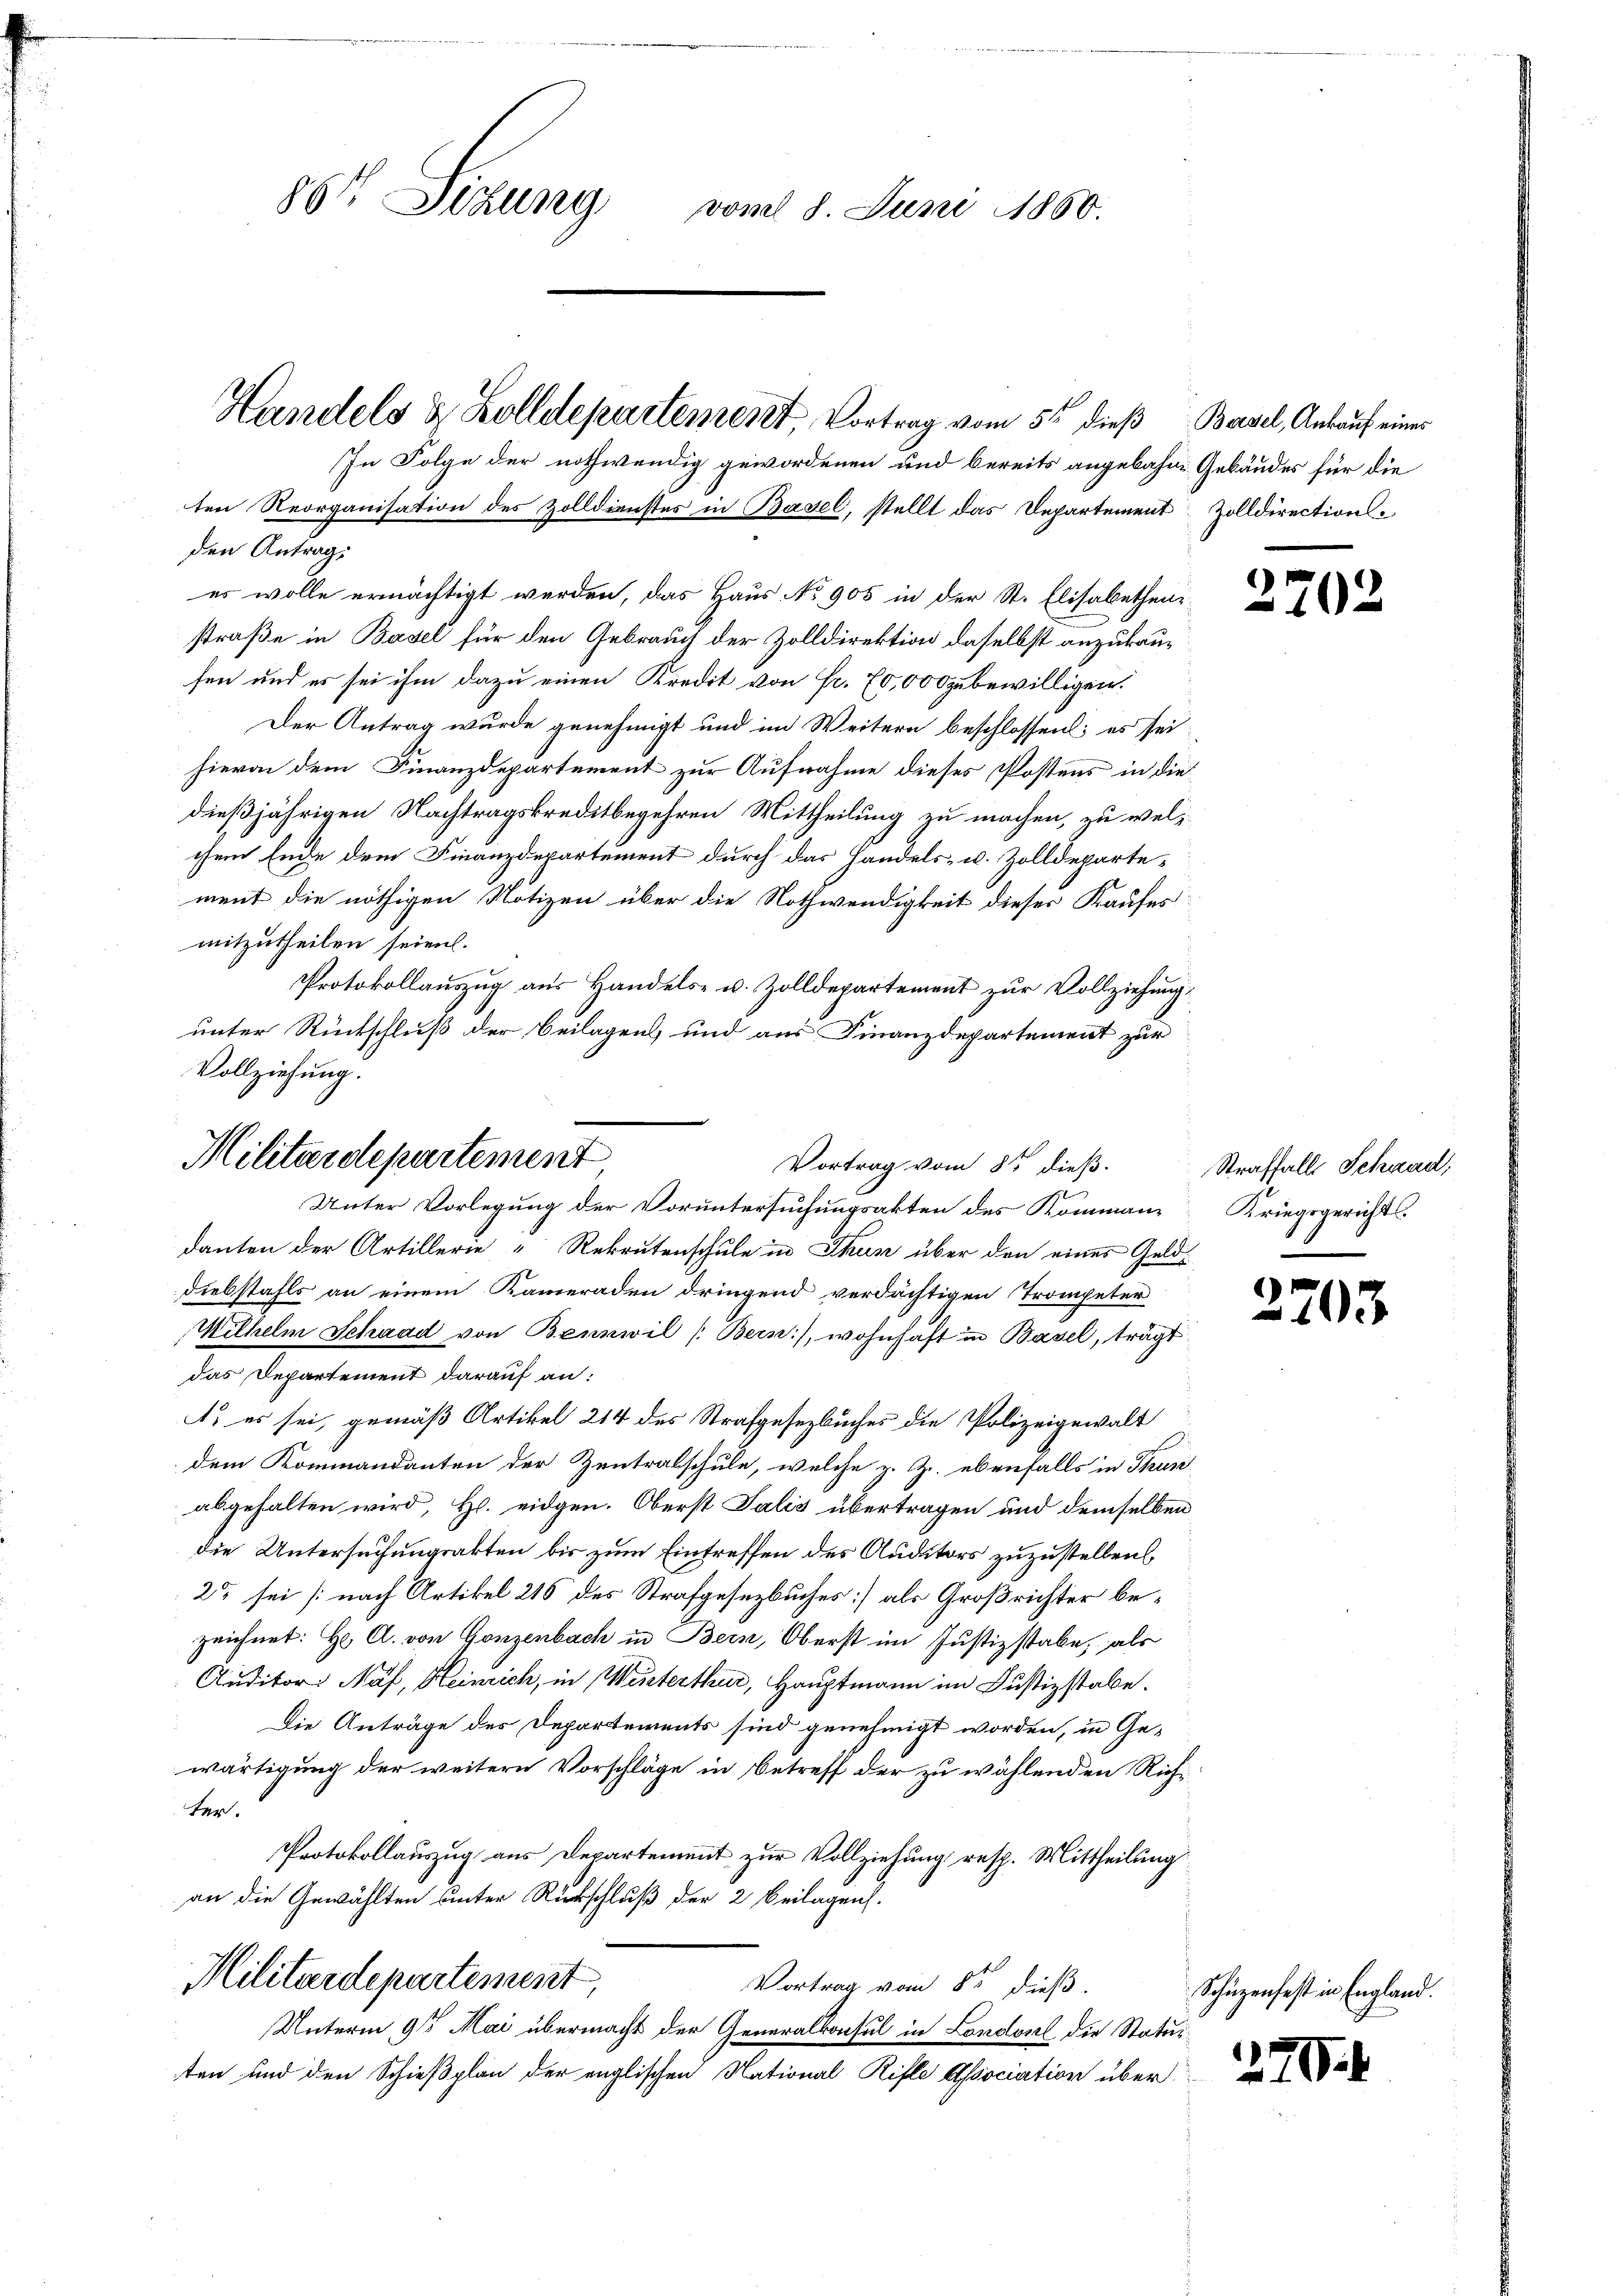
88 Sizung
vom 8. Juni 1860.

den Antrag:

ten Reorganisation des Zolldienstes in Basel, stellt das Departement Zolldirection
es wolle ernächtigt werden, das Haus No 905 in der St. Elisabethen
straße in Basel für den Gebrauch der Zolldirektion daselbst anzukausen und es sei ihm dazu einen Kredit von Fr. 70,000 zubewilligen.
Der Antrag wurde genehmigt und im Weitern beschlossen; es sei
hievon dem Finanzdepartement zur Aufnahme dieses Postens in die
dießjährigen Nachtragskreditbegehren Mittheilung zu machen, zu welchem Ende dem Finanzdepartement durch das Handels- u. Zolldepartement die nöthigen Notizen über die Nothwendigkeit dieser Kaufes
mitzutheilen seien.
Protokollauszug aus Handels- u. Zolldepartement zur Vollziehung
danten der Artillerie-Rekrutenschule in Thun über den eines Geld
diebstahls an einem Kameraden dringend verdächtigen Trompeter
Wilhelm Schaad von Bennwil (Bern), wohnhaft in Basel, trägt
das Departement darauf an:
1. es sei, gemäß Artikel 214 des Strafgesezbuches die Polizeigewalt
dem Kommandanten der Zentralschule, welche z. Z. ebenfalls in Strun
abgehalten wird, H. eidgen. Oberst Salis übertragen und demselben
die Untersuchungsakten bis zum Eintreffen des Auditors zuzustellen,
2t sei nach Artikel 215 des Strafgesezbuches] als Großrichter bezeichnet: Hr. C. von Ganzenbach in Bern, Oberst im Justizstabe, als
Auditor Näf, Heinrich, in Weisterthur, Hauptmann im Justizstabe.
Die Anträge des Departements sind genehmigt worden, in Ge-
wärtigung der weitern Vorschläge in Betreff der zu wählenden Richter.
Protokollauszug aus Departement zur Vollziehung resp. Mittheilung
an die Gewählten unter Rückschluß der 2 Beilagens.
Militärdepartement,
Vortrag vom 8ten dieß.
Unterm 9ten Mai übermacht der Generalkonsul in London die Statuten und den Schießplan der englischen National Rifle Association über

Handels & Zolldepartement Vortrag vom 5. dieβ Basel, Ankauf einer
In Folge der nothwendig gewordenen und bereits angebahne Gebäudes für die

unter Rückschluß der Beilagens und aus Finanzdepartement zur
Vollziehung.
Militärdepartement
Vortrag vom 85 dieß.
Unter Vorlegung der Voruntersuchungsakten des Komman¬

370

Straffalls Schwad;
Kriegsgerichts

2703.

Schüzenfest in England.

270.